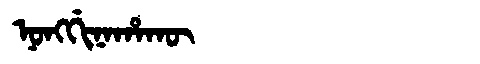
Manchu: ᠨᠣᠩᡤᡳᠨᠠᡥᠠᡴᡡ
Romanization: NONGGINAHAKŪ